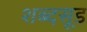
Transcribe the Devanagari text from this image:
शब्दसूड